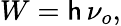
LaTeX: W=\mathsf{h}\, \nu_{o},